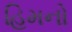
હિમનો